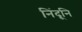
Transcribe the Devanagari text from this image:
निंदूनि